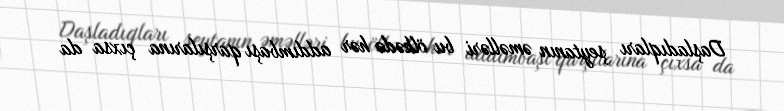
Daşladıqları şeytanın əməlləri bu ölkədə hər addımbaşı qarşılarına çıxsa da